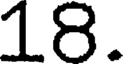
18.